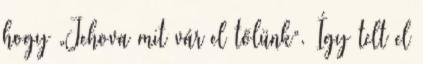
hogy „Jehova mit vár el tőlünk”. Így telt el